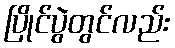
ပြိုင်ပွဲတွင်လည်း